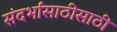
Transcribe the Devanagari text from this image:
संदर्भांसाठीसाठी